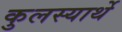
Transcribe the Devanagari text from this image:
कुलस्यार्थे